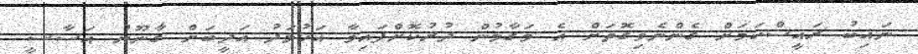
ނައިބު ރައީސްކަމަށް ގެންނެވިގޮތަށް އެ މަގާމުން ދުރުކޮށްފައިވާ އަހުމަދު އަދީބަށް ގާނޫނު އަސާސީ